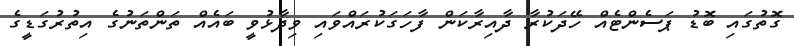
ގޮތުގައި ބޮޑު ޕަސެންޓެއް ހޭދަކުރާ ދާއިރާކަން ފާހަގަކުރައްވައި ވިދާޅުވީ ބައެއް ތަންތަނުގެ އިތުރުގަޑީގެ